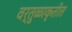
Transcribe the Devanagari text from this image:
वर्तुळाकृतीत